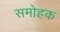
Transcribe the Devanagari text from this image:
समोहक